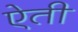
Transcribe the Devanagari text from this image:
ऐती